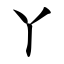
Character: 丫